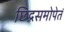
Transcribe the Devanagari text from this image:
छिद्रसमोपेतं